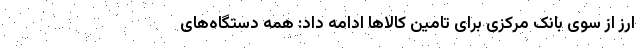
ارز از سوی بانک مرکزی برای تامین کالاها ادامه داد: همه دستگاه‌های